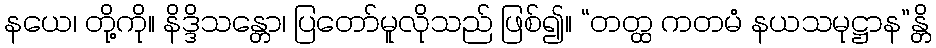
နယေ၊ တို့ကို။ နိဒ္ဒိသန္တော၊ ပြတော်မူလိုသည် ဖြစ်၍။ “တတ္ထ ကတမံ နယသမုဋ္ဌာန”န္တိ